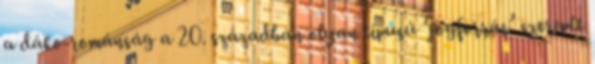
a dáko-románság a 20. században olyan típusú ‘jogforrás’ szerepét